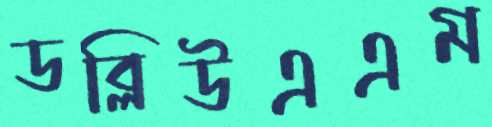
ডব্লিউএএম